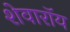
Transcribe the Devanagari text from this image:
शेवारॉय